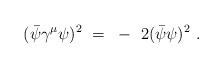
LaTeX: \begin{align*}(\bar{\psi} \gamma^\mu \psi)^2 ~=~ -~ 2 (\bar{\psi} \psi)^2 ~. \end{align*}